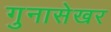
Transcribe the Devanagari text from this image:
गुनासेखर